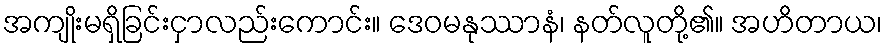
အကျိုးမရှိခြင်းငှာလည်းကောင်း။ ဒေဝမနုဿာနံ၊ နတ်လူတို့၏။ အဟိတာယ၊